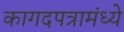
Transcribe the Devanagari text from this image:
कागदपत्रामंध्ये